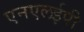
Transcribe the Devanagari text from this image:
एनएलईपी